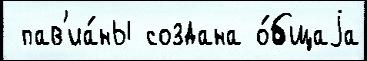
 пав'иа́ны создана о́бщаjа